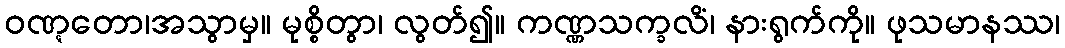
ဝဏ္ဋတော၊အသွာမှ။ မုစ္စိတွာ၊ လွတ်၍။ ကဏ္ဏသက္ခလိံ၊ နားရွက်ကို။ ဖုသမာနဿ၊